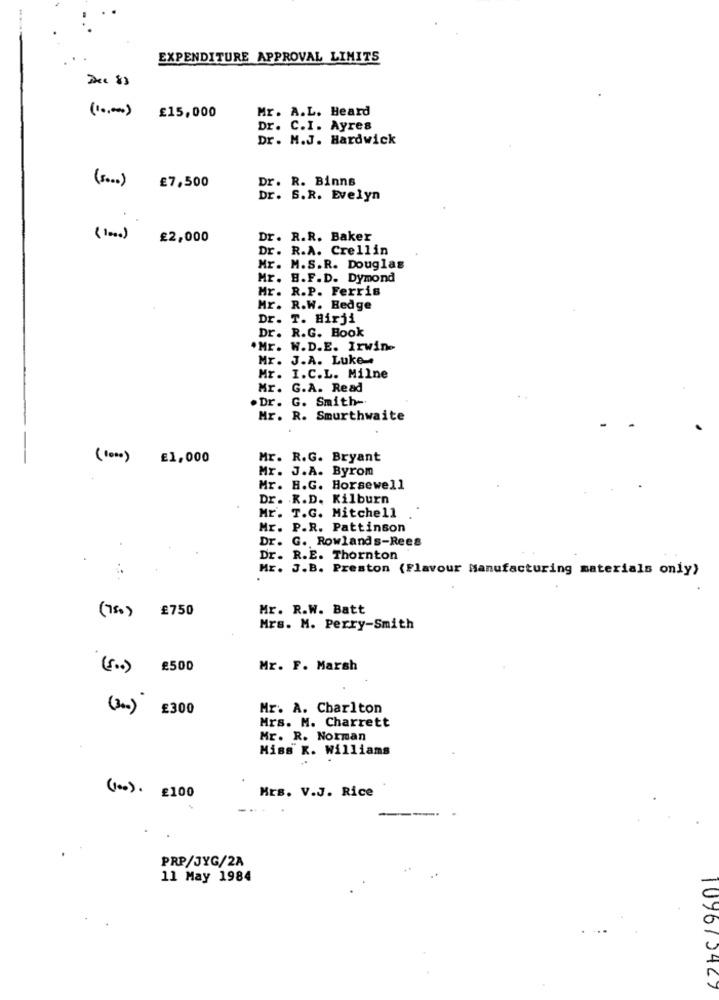
EXPENDITURE APPROVAL LIMITS
Dec 83
Mr. A.L. Heard
(1 ... ) £15,000
Dr. C.I. Ayres
Dr. M.J. Hardwick
Dr. R. Binns
(5 ... ) €7,500
Dr. S.R. Evelyn
(1000) £2,000
Dr. R.R. Baker
Dr. R.A. Crellin
Mr. M.S.R. Douglas
Mr. B.F.D. Dymond
Mr. R.P. Ferris
Mr. R.W. Hedge
Dr. T. Birji
Dr. R.G. Book
.Mr. W.D.E. Irwin-
Mr. J.A. Luke -.
Mr. I.C.L. Milne
Mr. G.A. Read
. Dr. G. Smith-
Mr. R. Smurthwaite
--
(1000) E1,000
Mr. R.G. Bryant
Mr. J.A. Byrom
Mr. H.G. Horsewell
Dr. R.D. Kilburn
Mr. T.G. Mitchell
Mr. P.R. Pattinson
Dr. G. Rowlands-Rees
Dr. R.E. Thornton
Mr. J.B. Preston (Flavour Manufacturing materials only)
(75.) £750
Mr. R.W. Batt
Mrs. M. Perry-Smith
(5.) £500
Mr. F. Marsh
(3 .. ) E300
Mr. A. Charlton
Mrs. M. Charrett
Mr. R. Norman
Miss K. Williams
(100). £100
Mrs. v.J. Rice
PRP/JYG/2A
11 May 1984
1096/3427